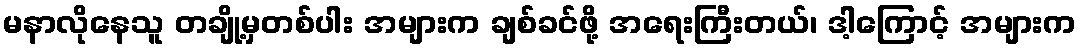
မနာလိုနေသူ တချို့မှတစ်ပါး အများက ချစ်ခင်ဖို့ အရေးကြီးတယ်၊ ဒါ့ကြောင့် အများက